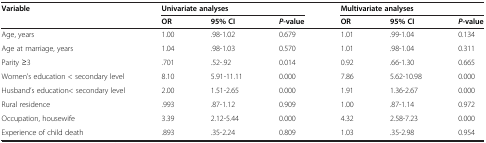
<table><thead><tr><td><b>Variable</b></td><td colspan="4"><b>Univariate analyses</b></td><td colspan="7"><b>Multivariate analyses</b></td></tr><tr><td><b> </b></td><td><b>OR</b></td><td><b>95% CI</b></td><td><b><i>P</i>-value</b></td><td><b>OR</b></td><td><b>95% CI</b></td><td><b><i>P</i>-value</b></td><td><b> </b></td><td><b> </b></td><td><b> </b></td><td><b> </b></td><td><b> </b></td></tr></thead><tbody><tr><td>Age, years</td><td>1.00</td><td>.98-1.02</td><td>0.679</td><td>1.01</td><td>.99-1.04</td><td>0.134</td></tr><tr><td>Age at marriage, years</td><td>1.04</td><td>.98-1.03</td><td>0.570</td><td>1.01</td><td>.98-1.04</td><td>0.311</td></tr><tr><td>Parity ≥3</td><td>.701</td><td>.52-.92</td><td>0.014</td><td>0.92</td><td>.66-1.30</td><td>0.665</td></tr><tr><td>Women&#x27;s education &lt; secondary level</td><td>8.10</td><td>5.91-11.11</td><td>0.000</td><td>7.86</td><td>5.62-10.98</td><td>0.000</td></tr><tr><td>Husband’s education&lt; secondary level</td><td>2.00</td><td>1.51-2.65</td><td>0.000</td><td>1.91</td><td>1.36-2.67</td><td>0.000</td></tr><tr><td>Rural residence</td><td>.993</td><td>.87-1.12</td><td>0.909</td><td>1.00</td><td>.87-1.14</td><td>0.972</td></tr><tr><td>Occupation, housewife</td><td>3.39</td><td>2.12-5.44</td><td>0.000</td><td>4.32</td><td>2.58-7.23</td><td>0.000</td></tr><tr><td>Experience of child death</td><td>.893</td><td>.35-2.24</td><td>0.809</td><td>1.03</td><td>.35-2.98</td><td>0.954</td></tr></tbody></table>